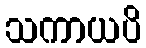
သကာယပိ